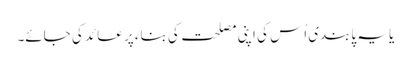
یا یہ پابندی اُس کی اپنی مصلحت کی بناء پر عائد کی جائے۔